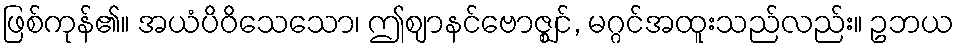
ဖြစ်ကုန်၏။ အယံပိဝိသေသော၊ ဤဈာနင်ဗောဇ္ဈင်, မဂ္ဂင်အထူးသည်လည်း။ ဥဘယ